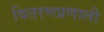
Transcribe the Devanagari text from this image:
वितरणप्रणाली